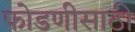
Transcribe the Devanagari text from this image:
फोडणीसाठी